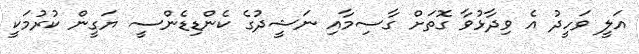
އަލީ ވަހީދު އެ ވިދާޅުވާ ގޮތަށް ގާސިމާއި ނަޝީދުގެ ކެންޑިޑެންސީ ޔަގީން ކުރުމަކީ